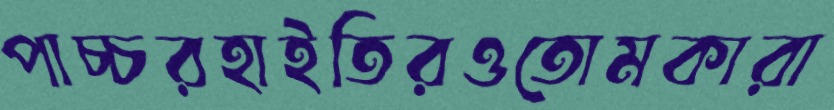
পাচ্চরহাইতিরওতোমকারা